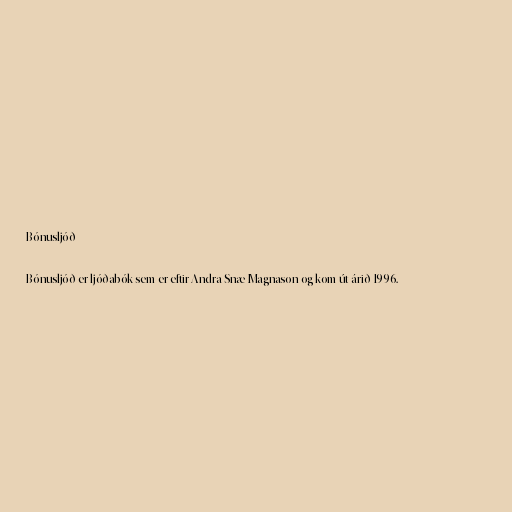
Bónusljóð

Bónusljóð er ljóðabók sem er eftir Andra Snæ Magnason og kom út árið 1996.